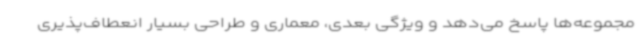
مجموعه‌ها پاسخ می‌دهد و ویژگی بعدی، معماری و طراحی بسیار انعطاف‌پذیری